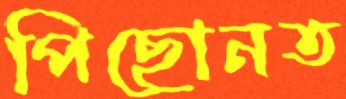
পিছোনত